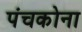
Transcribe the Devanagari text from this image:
पंचकोना